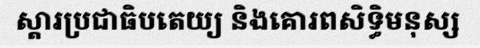
ស្តារប្រជាធិបតេយ្យ និងគោរពសិទ្ធិមនុស្ស